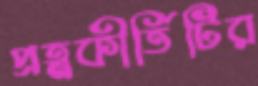
প্রত্নকীর্তিটির